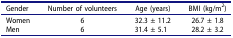
<table><thead><tr><td><b>Gender</b></td><td><b>Number of volunteers</b></td><td><b>Age (years)</b></td><td><b>BMI (kg/m<sup>2</sup>)</b></td></tr></thead><tbody><tr><td>Women</td><td>6</td><td>32.3 ± 11.2</td><td>26.7 ± 1.8</td></tr><tr><td>Men</td><td>6</td><td>31.4 ± 5.1</td><td>28.2 ± 3.2</td></tr></tbody></table>